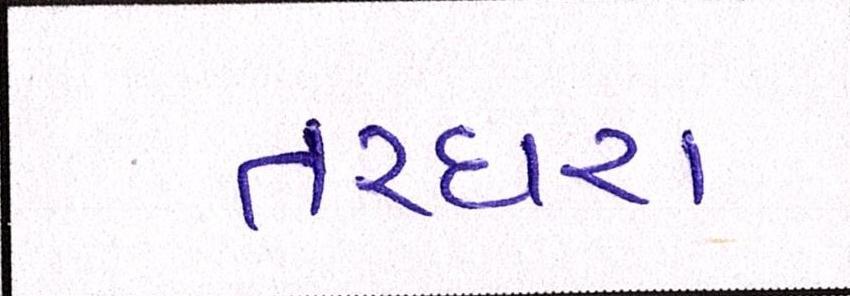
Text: તરઘરા